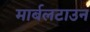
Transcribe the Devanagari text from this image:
मार्बलटाउन